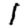
Digit: 1